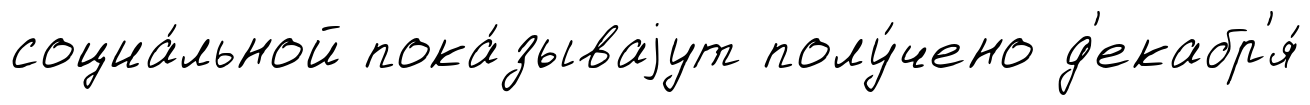
социа́льной пока́зываjут полу́чено д'екабр'я́